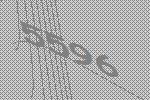
5596